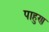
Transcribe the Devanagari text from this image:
पाहुण